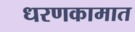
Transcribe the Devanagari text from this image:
धरणकामात